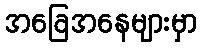
အခြေအနေများမှာ